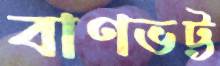
বাণভট্ট